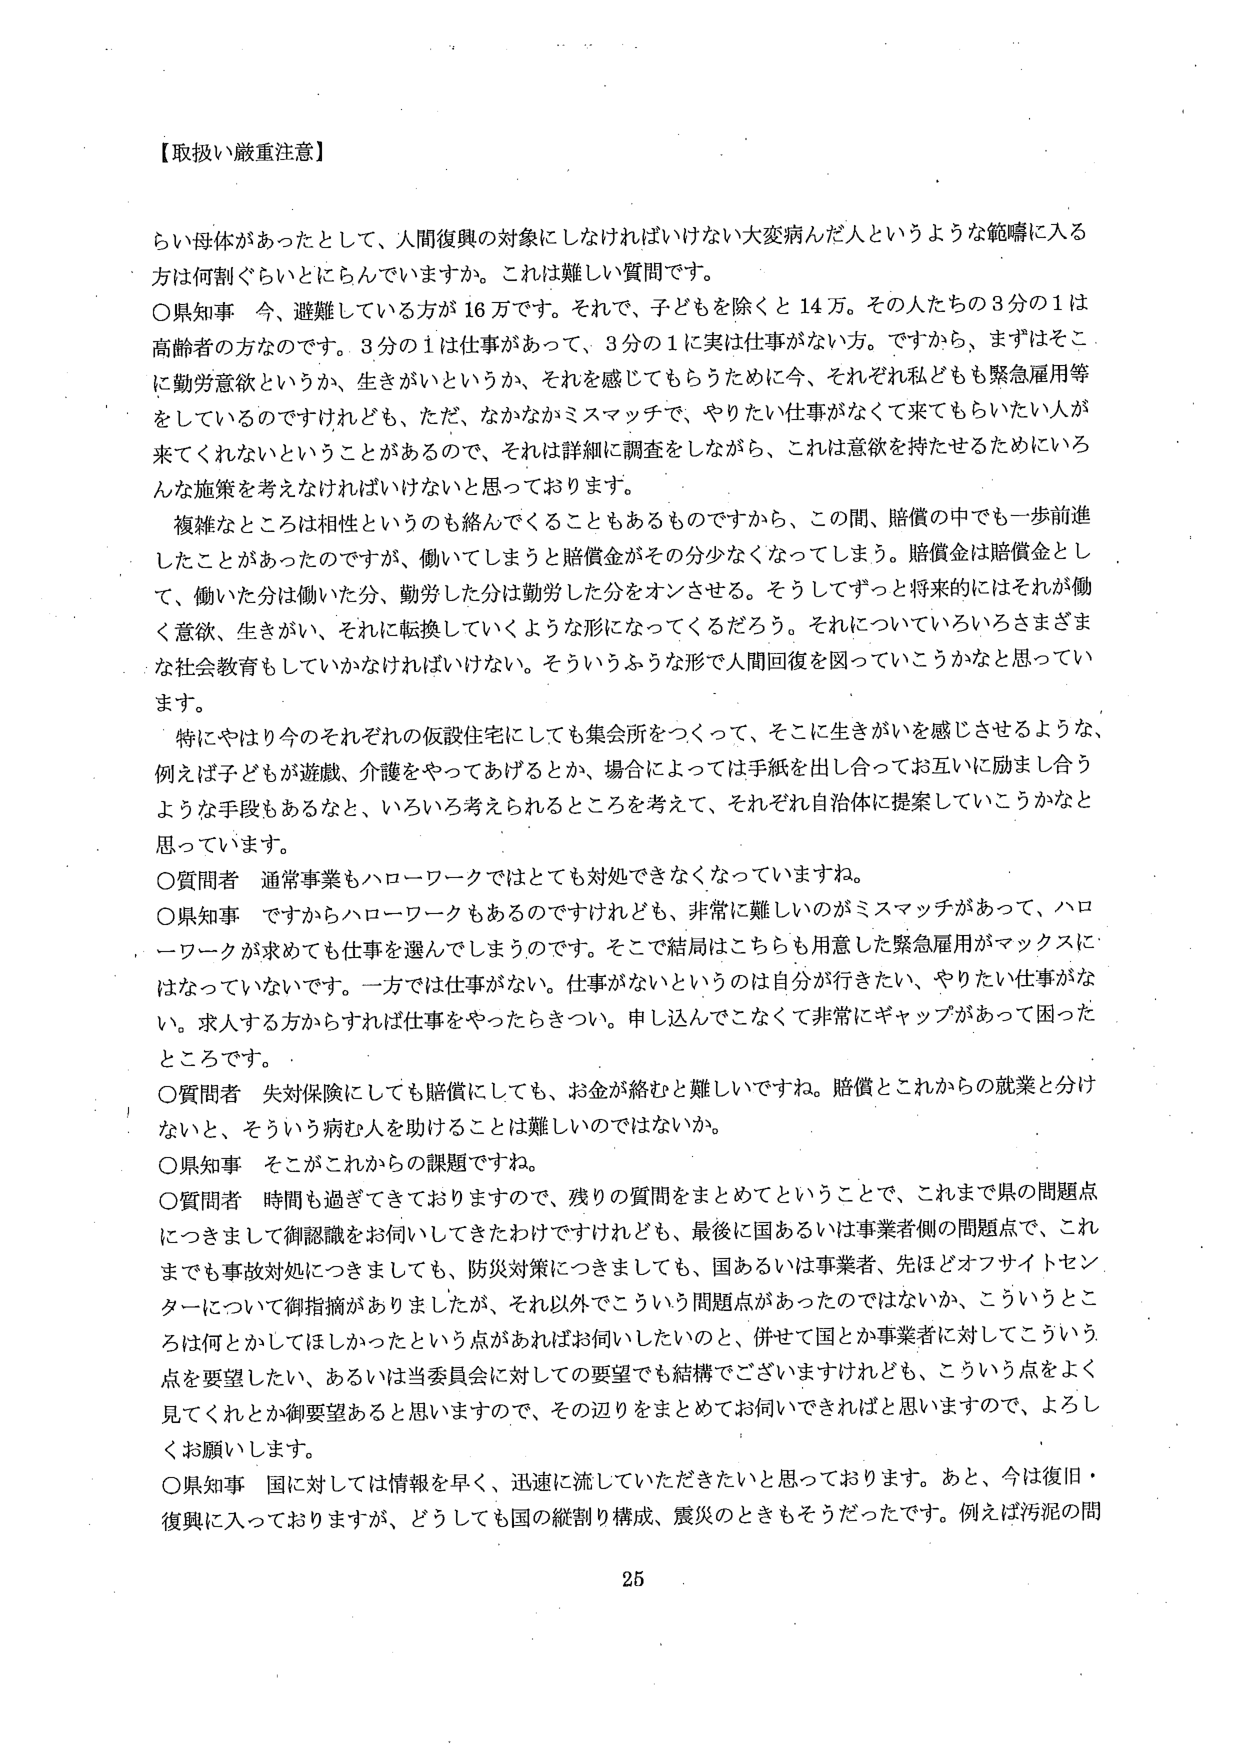
【取扱い厳重注意】

らい母体があったとして、人間復興の対象にしなければいけない大変病人だ人というような範疇に入る方は何割ぐらいとにらんでいますか。これは難しい質問です。

〇県知事 今、避難している方が16万です。それで、子どもを除くと14万。その人たちの3分の1は高齢者の方なのです。3分の1は仕事があって、3分の1に実は仕事がない方。ですから、まずはそこに勤労意欲というか、生きがいというか、それを感じてもらうために今、それぞれ私どもも緊急雇用等をしているのですけれども、ただ、なかなかミスマッチで、やりたい仕事がなくて来てもらいたい人が来てくれないということがあるので、それは詳細に調査をしながら、これは意欲を持たせるためにいろんな施策を考えなければならないと思っております。

複雑なところは相性というのも絡んでくることもあるものですから、この間、賠償の中でも一歩前進したことがあったのですが、働いてしまうと賠償金がその分少なくなってしまう。賠償金は賠償金として、働いた分は働いた分、勤労した分は勤労した分をオンさせる。そうしてずっと将来的にはそれが働く意欲、生きがい、それに転換していくような形になってくるだろう。それについていろいろさまざまな社会教育もしていかなければならない。そういうふうな形で人間回復を図っていこうかなと思っています。

特にやはり今のそれぞれの仮設住宅にしても集会所をつくって、そこに生きがいを感じさせるような、例えば子どもが遊戯、介護をやってあげるとか、場合によっては手紙を出し合ってお互いに励まし合うような手段もあるなと、いろいろ考えられるところを考えて、それぞれ自治体に提案していこうかなと思っています。

〇質問者 通常事業もハローワークではとても対処できなくなっていますね。

〇県知事 ですからハローワークもあるのですけれども、非常に難しいのがミスマッチがあって、ハローワークが求めても仕事を選んでしまうのです。そこで結局はこちらも用意した緊急雇用がマックスにはなっていないです。一方では仕事がない。仕事がないというのは自分が行きたい、やりたい仕事がない。求人する方からすれば仕事をやったらきつい。申し込んでこなくて非常にギャップがあって困ったところです。

〇質問者 失労保険にしても賠償にしても、お金が絡むと難しいですね。賠償とこれからの就業と分けないと、そういう病人を助けることは難しいのではないか。

〇県知事 そこがこれからの課題ですね。

〇質問者 時間も過ぎてきておりますので、残りの質問をまとめてということで、これまで県の問題点につきまして御認識をお伺いしてきたわけですが、最後に国あるいは事業者側の問題点で、これまでも事故対処につきましても、防災対策につきましても、国あるいは事業者、先ほどオフサイトセンターについて御指摘がありましたけれども、それ以外でこういう問題点があったのではないか、こういうところは何とかしてほしかったという点があればお伺いしたいのと、併せて国とか事業者に対してこういう点を要望したい、あるいは当委員会に対しての要望でも結構でございますけれども、こういう点をよく見てくれとか御要望あると思いますので、その辺りをまとめてお伺いできればと思いますので、よろしくお願いします。

〇県知事 国に対しては情報を早く、迅速に流していただきたいと思っております。あと、今は復旧・復興に入っておりますが、どうしても国の縦割り構成、震災のときもそうだったです。例えば汚泥の問

25